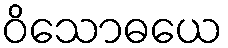
ဝိသောဓယေ